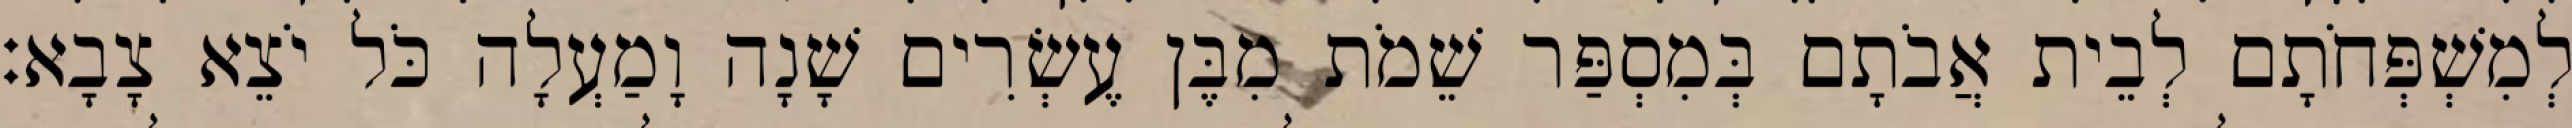
לְמִשְׁפְּחֹתָם לְבֵית אֲבֹתָם בְּמִסְפַּר שֵׁמֹת מִבֶּן עֶשְׂרִים שָׁנָה וָמַעְלָה כֹּל יֹצֵא צָבָא׃